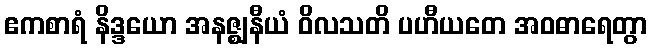
ဧကစာရံ နိဒ္ဒယော အနဇ္ဈနီယံ ဝိလသတိ ပဟီယတေ အဝဓာရေတွာ